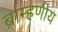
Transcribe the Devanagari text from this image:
ब्राम्हणीय